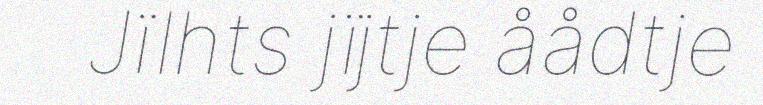
Jïlhts jïjtje åådtje